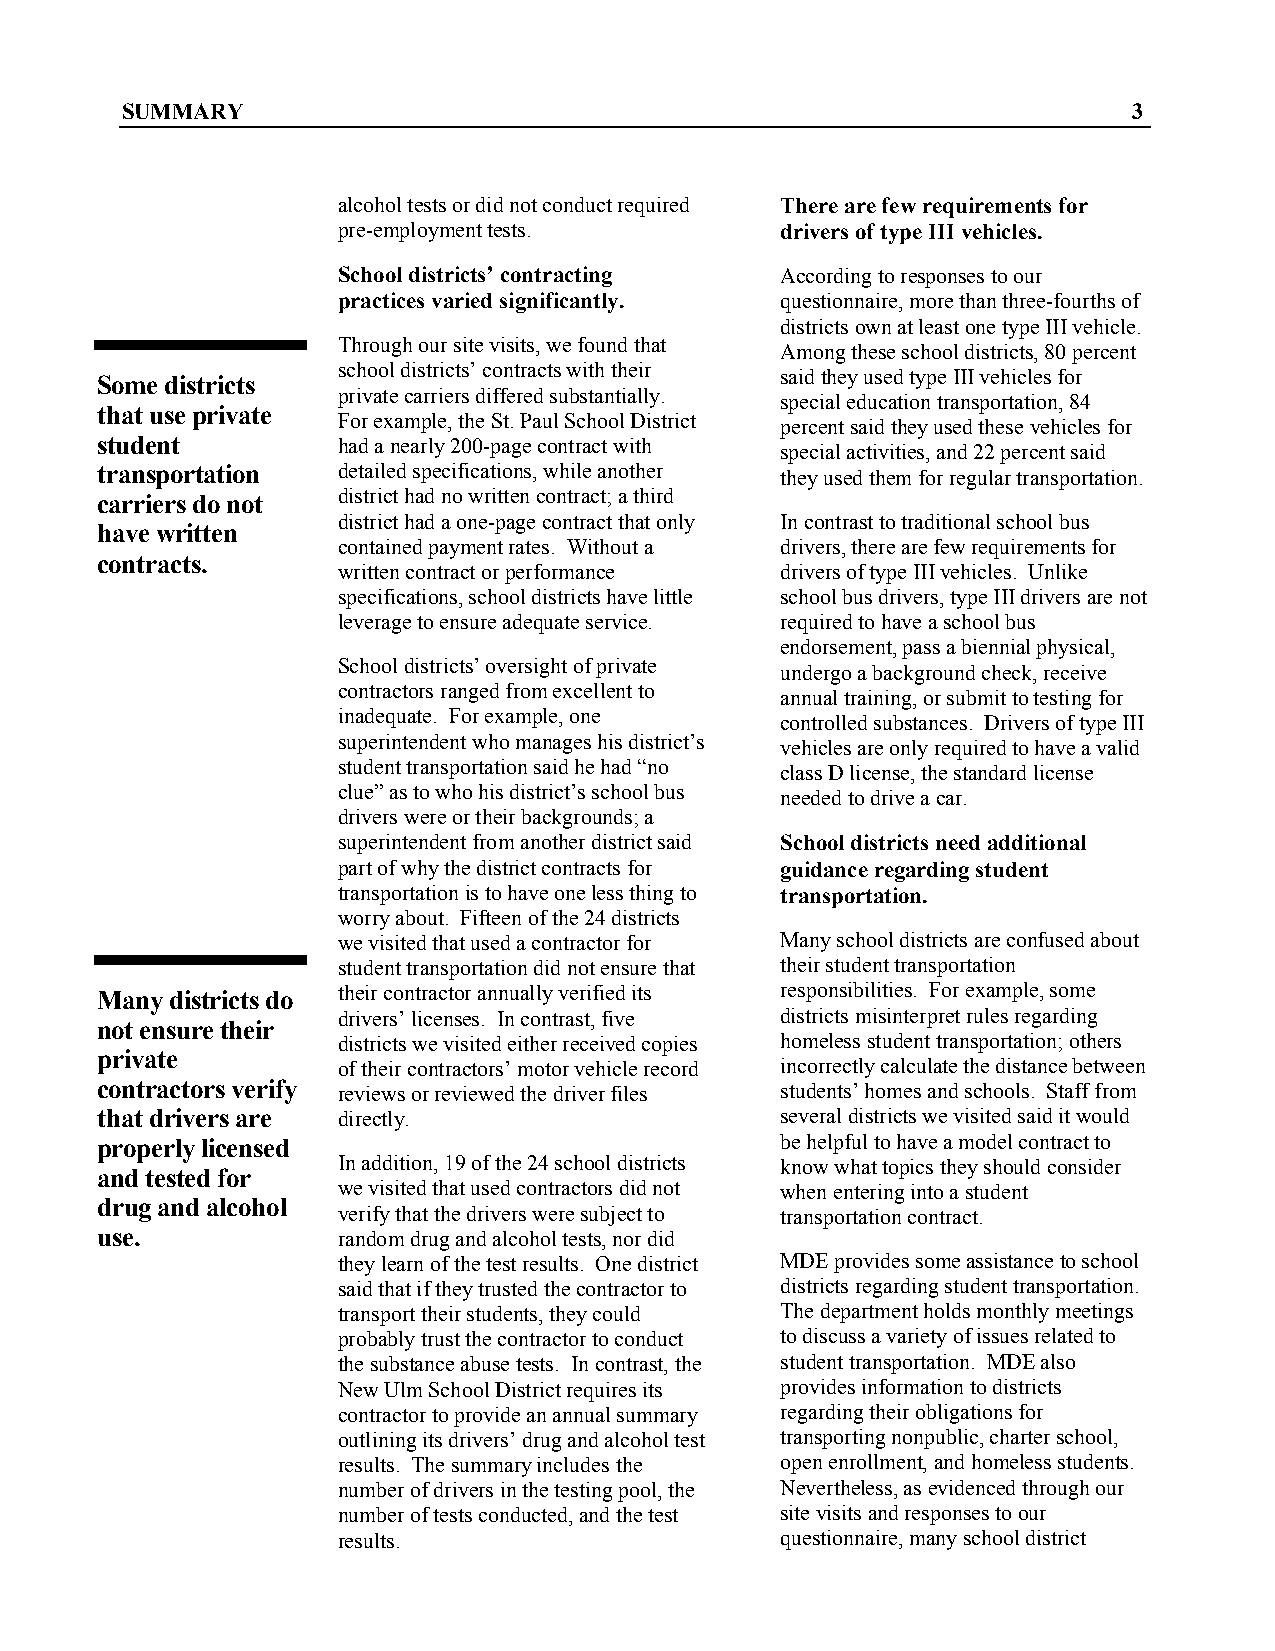
SUMMARY                                                            3
 alcohol tests or did not conduct required There are few requirements for
 pre-employment tests.         drivers of type III vehicles.
 School districts’ contracting According to responses to our
 practices varied significantly. questionnaire, more than three-fourths of
 districts own at least one type III vehicle.
 Through our site visits, we found that
 Among these school districts, 80 percent
 school districts’ contracts with their
 said they used type III vehicles for
 Some districts
 private carriers differed substantially.
 special education transportation, 84
 that use private
 For example, the St. Paul School District
 percent said they used these vehicles for
 student         had a nearly 200-page contract with
 special activities, and 22 percent said
 transportation  detailed specifications, while another they used them for regular transportation.
 carriers do not district had no written contract; a third
 district had a one-page contract that only In contrast to traditional school bus
 have written
 contained payment rates. Without a drivers, there are few requirements for
 contracts.
 written contract or performance drivers of type III vehicles. Unlike
 specifications, school districts have little school bus drivers, type III drivers are not
 leverage to ensure adequate service. required to have a school bus
 endorsement, pass a biennial physical,
 School districts’ oversight of private
 undergo a background check, receive
 contractors ranged from excellent to
 annual training, or submit to testing for
 inadequate. For example, one
 controlled substances. Drivers of type III
 superintendent who manages his district’s
 vehicles are only required to have a valid
 student transportation said he had “no
 class D license, the standard license
 clue” as to who his district’s school bus
 needed to drive a car.
 drivers were or their backgrounds; a
 superintendent from another district said School districts need additional
 part of why the district contracts for guidance regarding student
 transportation is to have one less thing to transportation.
 worry about. Fifteen of the 24 districts
 we visited that used a contractor for Many school districts are confused about
 student transportation did not ensure that their student transportation
 Many districts do their contractor annually verified its responsibilities. For example, some
 drivers’ licenses. In contrast, five districts misinterpret rules regarding
 not ensure their
 districts we visited either received copies homeless student transportation; others
 private
 of their contractors’ motor vehicle record incorrectly calculate the distance between
 contractors verify reviews or reviewed the driver files students’ homes and schools. Staff from
 that drivers are directly.                    several districts we visited said it would
 properly licensed                             be helpful to have a model contract to
 In addition, 19 of the 24 school districts know what topics they should consider
 and tested for
 we visited that used contractors did not when entering into a student
 drug and alcohol
 verify that the drivers were subject to transportation contract.
 use.            random drug and alcohol tests, nor did
 they learn of the test results. One district MDE provides some assistance to school
 said that if they trusted the contractor to districts regarding student transportation.
 transport their students, they could The department holds monthly meetings
 probably trust the contractor to conduct to discuss a variety of issues related to
 the substance abuse tests. In contrast, the student transportation. MDE also
 New Ulm School District requires its provides information to districts
 contractor to provide an annual summary regarding their obligations for
 outlining its drivers’ drug and alcohol test transporting nonpublic, charter school,
 results. The summary includes the open enrollment, and homeless students.
 number of drivers in the testing pool, the Nevertheless, as evidenced through our
 number of tests conducted, and the test site visits and responses to our
 results.                      questionnaire, many school district